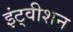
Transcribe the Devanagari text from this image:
इंट्वीशन